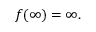
f ( \infty ) = \infty .